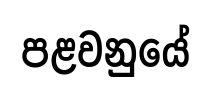
පළවනුයේ